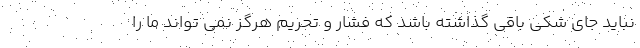
نباید جای شکی باقی گذاشته باشد که فشار و تحریم هرگز نمی تواند ما را